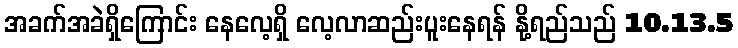
အခက်အခဲရှိကြောင်း နေလေ့ရှိ လေ့လာဆည်းပူးနေရန် နို့ရည်သည် 10.13.5